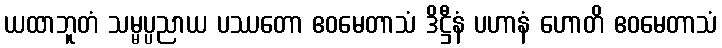
ယထာဘူတံ သမ္မပ္ပညာယ ပဿတော ဧဝမေတာသံ ဒိဋ္ဌီနံ ပဟာနံ ဟောတိ ဧဝမေတာသံ